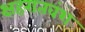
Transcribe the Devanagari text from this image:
क्षहरातवंश